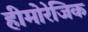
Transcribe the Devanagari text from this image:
हीमोरेजिक